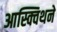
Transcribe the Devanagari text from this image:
आस्क्विथने